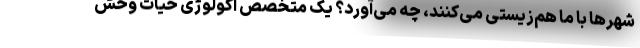
شهرها با ما هم‌زیستی می‌کنند، چه می‌آورد؟ یک متخصص اکولوژی حیات‌ وحش